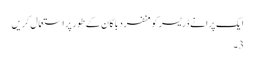
ایک پرانے ڈریسر کو منفرد باگان کے طور پر استعمال کریں
3۔